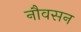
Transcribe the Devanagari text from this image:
नौवसन